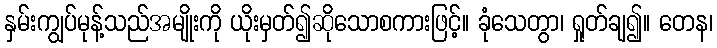
နှမ်းကျွပ်မုန့်သည်အမျိုးကို ယိုးမှတ်၍ဆိုသောစကားဖြင့်။ ခုံသေတွာ၊ ရှုတ်ချ၍။ တေန၊